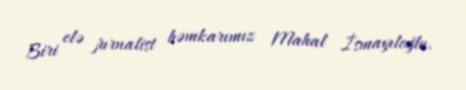
Biri elə jurnalist həmkarımız Mahal İsmayıloğlu.